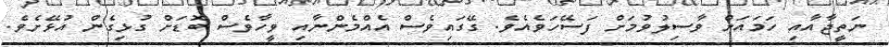
ނަތީޖާއާއި ހަމައަށް ވާސިލުވުމަށް ފަސޭހަވެއެވެ. ގޭގައިވެސް އެއްމެންނާއި ވީހާވެސް ބޮޑަށް ގުޅިގެން އުޅޭށެވެ.